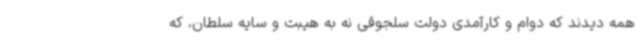
همه دیدند که دوام و کارآمدی دولت سلجوقی نه به هیبت و سایه سلطان، که